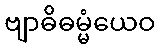
ဗျာဓိဓမ္မံယေဝ